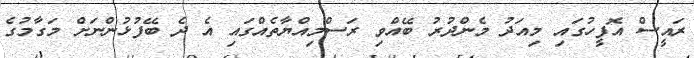
ރައީސް އޮފީހުގައި މިއަދު މެންދުރު ބޭއްވި ރަސްމިއްޔާތެއްގައި އެ ދެ ބޭފުޅުންނަށް މަގާމުގެ